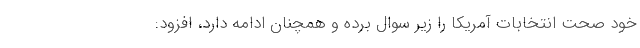
خود صحت انتخابات آمریکا را زیر سوال برده و همچنان ادامه دارد، افزود: